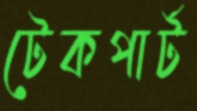
টেকপার্ট